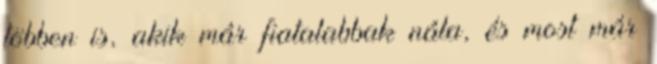
többen is, akik már fiatalabbak nála, és most már